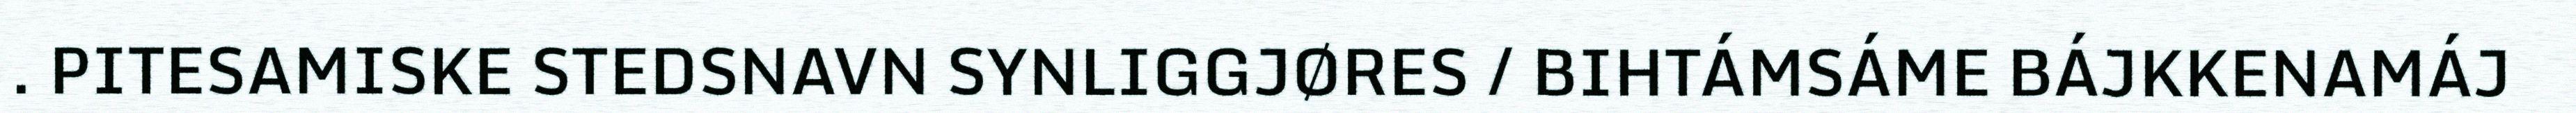
. PITESAMISKE STEDSNAVN SYNLIGGJØRES / BIHTÁMSÁME BÁJKKENAMÁJ